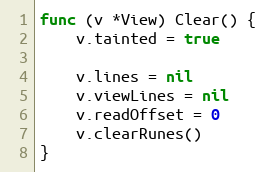
Language: Go
func (v *View) Clear() {
	v.tainted = true

	v.lines = nil
	v.viewLines = nil
	v.readOffset = 0
	v.clearRunes()
}